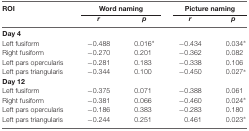
<table><thead><tr><td><b>ROI</b></td><td colspan="2"><b>Word naming</b></td><td colspan="2"><b>Picture naming</b></td></tr><tr><td>[EMPTY_CELL]</td><td><b><i>r</i></b></td><td><b><i>p</i></b></td><td><b><i>r</i></b></td><td><b><i>p</i></b></td></tr></thead><tbody><tr><td><b>Day 4</b></td><td>[EMPTY_CELL]</td><td>[EMPTY_CELL]</td><td>[EMPTY_CELL]</td><td>[EMPTY_CELL]</td></tr><tr><td>Left fusiform</td><td>−0.488</td><td>0.016*</td><td>−0.434</td><td>0.034*</td></tr><tr><td>Right fusiform</td><td>−0.270</td><td>0.201</td><td>−0.362</td><td>0.082</td></tr><tr><td>Left pars opercularis</td><td>−0.281</td><td>0.183</td><td>−0.338</td><td>0.106</td></tr><tr><td>Left pars triangularis</td><td>−0.344</td><td>0.100</td><td>−0.450</td><td>0.027*</td></tr><tr><td><b>Day 12</b></td><td>[EMPTY_CELL]</td><td>[EMPTY_CELL]</td><td>[EMPTY_CELL]</td><td>[EMPTY_CELL]</td></tr><tr><td>Left fusiform</td><td>−0.375</td><td>0.071</td><td>−0.388</td><td>0.061</td></tr><tr><td>Right fusiform</td><td>−0.381</td><td>0.066</td><td>−0.460</td><td>0.024*</td></tr><tr><td>Left pars opercularis</td><td>−0.186</td><td>0.383</td><td>−0.283</td><td>0.180</td></tr><tr><td>Left pars triangularis</td><td>−0.244</td><td>0.251</td><td>0.461</td><td>0.023*</td></tr></tbody></table>